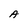
Character: A